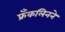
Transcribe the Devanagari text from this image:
फ्रँकलिनने